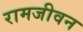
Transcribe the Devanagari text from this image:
रामजीवन